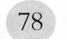
\bigcirc{78}